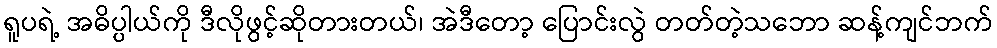
ရူပရဲ့ အဓိပ္ပါယ်ကို ဒီလိုဖွင့်ဆိုတားတယ်၊ အဲဒီတော့ ပြောင်းလွဲ တတ်တဲ့သဘော ဆန့်ကျင်ဘက်